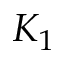
K _ { 1 }